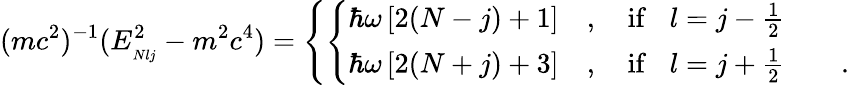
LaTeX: (mc^{2})^{-1}(E_{_{Nlj}}^{2}-m^{2}c^{4})=\left\{ \left\{ \begin{array}{ll}{{\hbar\omega\left[2(N-j)+1\right]\quad,\quad\mathrm{if}\, \, \, \, \, l=j-{\frac{1}{2}}}}&{{}}\\ {{\hbar\omega\left[2(N+j)+3\right]\quad,\quad\mathrm{if}\, \, \, \, \, l=j+{\frac{1}{2}}}}&{{\quad.}}\end{array}\right.\right.